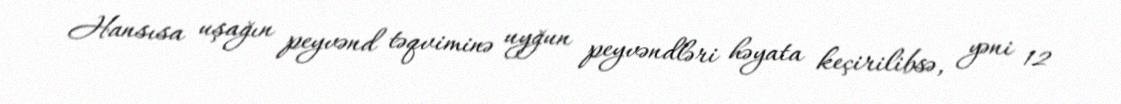
Hansısa uşağın peyvənd təqviminə uyğun peyvəndləri həyata keçirilibsə, yəni 12